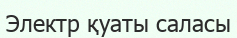
Электр қуаты саласы